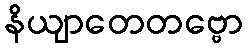
နိယျာတေတဗ္ဗော